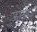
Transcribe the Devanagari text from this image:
म्हसावद